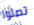
تصلوا